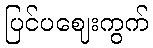
ပြင်ပဈေးကွက်